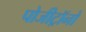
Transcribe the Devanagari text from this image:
पोजीट्रॉनों